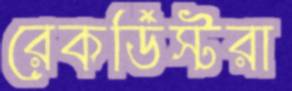
রেকর্ডিস্টরা